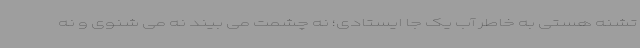
تشنه هستی به خاطر آب یک جا ایستادی؛ نه چشمت می بیند نه می شنوی و نه